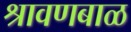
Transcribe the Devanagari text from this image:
श्रावणबाळ